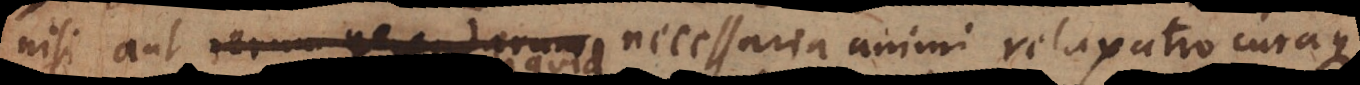
nisi aut rerum gerendarum necessaria animi relaxatio curaque